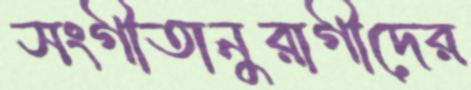
সংগীতানুরাগীদের